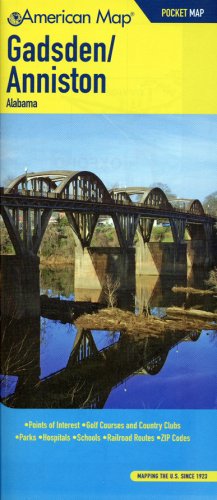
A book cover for American Map Gadsden/ Anniston, Al Pocket Map; Travel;